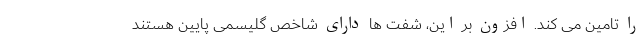
را تامین می کند. افزون بر این، شفت ها دارای شاخص گلیسمی پایین هستند